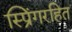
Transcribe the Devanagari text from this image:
स्प्रिंगरहित